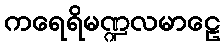
ကရေရိမဏ္ဍလမာဠေ